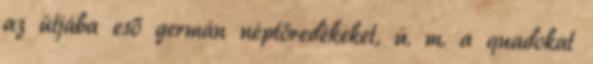
az útjába eső germán néptöredékeket, ú. m. a quadokat